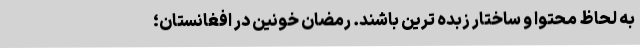
به لحاظ محتوا و ساختار زبده ترین باشند. رمضان خونین در افغانستان؛